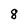
Character: 8